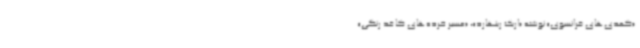
«کمدی‌های فرانسوی» نوشته «اریک رینهارد»، «مسیر خرده‌های کاغذ رنگی»